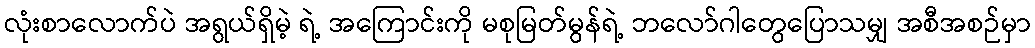
လုံးစာလောက်ပဲ အရွယ်ရှိမဲ့ ရဲ့ အကြောင်းကို မစုမြတ်မွန်ရဲ့ ဘလော်ဂါတွေပြောသမျှ အစီအစဉ်မှာ